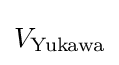
V_{\text{Yukawa}}